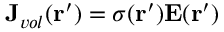
\mathbf { J } _ { v o l } ( \mathbf { r } ^ { \prime } ) = \sigma ( \mathbf { r } ^ { \prime } ) \mathbf { E } ( \mathbf { r } ^ { \prime } )